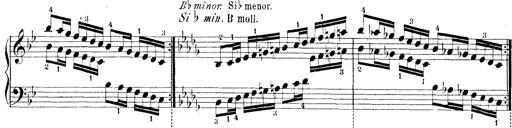
Title: Technische Studien
Composer: Franz Liszt